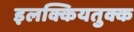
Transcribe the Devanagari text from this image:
इलक्कियतुक्क